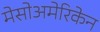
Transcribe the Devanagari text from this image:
मेसोअमेरिकेन